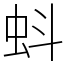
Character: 蚪